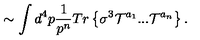
\sim \int d ^ { 4 } p \frac { 1 } { p ^ { n } } T r \left\{ \sigma ^ { 3 } { \cal T } ^ { a _ { 1 } } . . . { \cal T } ^ { a _ { n } } \right\} .